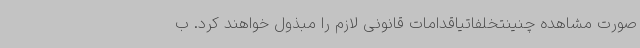
صورت مشاهده چنینتخلفاتیاقدامات قانونی لازم را مبذول خواهند کرد. ب